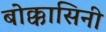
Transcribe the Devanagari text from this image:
बोक्कासिनी